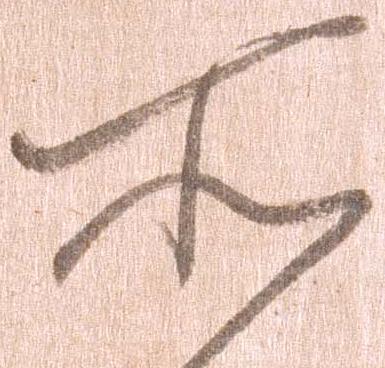
所